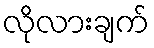
လိုလားချက်